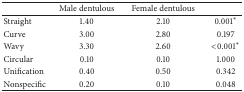
|  | Male dentulous | Female dentulous |  |
 | --- | --- | --- | --- |
 | Straight | 1.40 | 2.10 | 0.001* |
 | Curve | 3.00 | 2.80 | 0.197 |
 | Wavy | 3.30 | 2.60 | <0.001* |
 | Circular | 0.10 | 0.10 | 1.000 |
 | Unification | 0.40 | 0.50 | 0.342 |
 | Nonspecific | 0.20 | 0.10 | 0.048 |